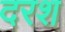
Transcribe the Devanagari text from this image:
दरश